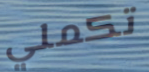
تكملي